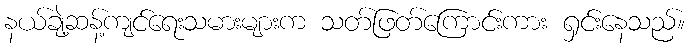
နယ်ချဲ့ဆန့်ကျင်ရေးသမားများက သတ်ဖြတ်ကြောင်းကား ရှင်းနေသည်။